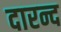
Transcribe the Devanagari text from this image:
दारन्द